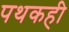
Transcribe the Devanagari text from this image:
पथकही